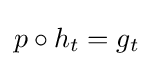
p\circ h_{t}=g_{t}